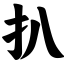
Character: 扒